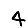
Digit: 4